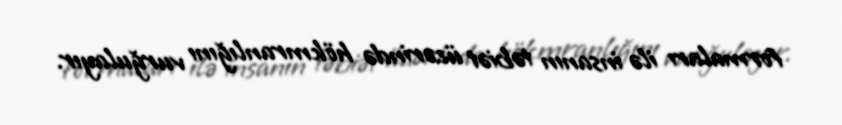
formaları ilə insanın təbiət üzərində hökmranlığını vurğulayır.